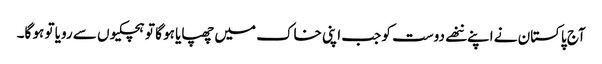
آج پاکستان نے اپنے ننھے دوست کو جب اپنی خاک میں چھپایا ہو گا تو ہچکیوں سے رویا تو ہو گا۔